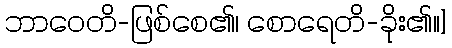
ဘာဝေတိ-ဖြစ်စေ၏၊ စောရေတိ-ခိုး၏။]